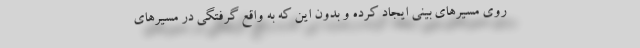
روی مسیرهای بینی ایجاد کرده و بدون این که به واقع گرفتگی در مسیرهای